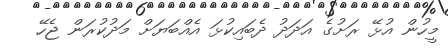
މީހުން އުޅޭ ރަށުގެ އަދަދު ދެބައިކުޅަ އެއްބަޔަށް މަދުކުރަން ޖެހޭ